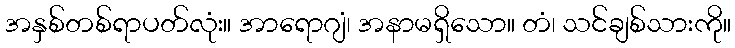
အနှစ်တစ်ရာပတ်လုံး။ အာရောဂျံ၊ အနာမရှိသော။ တံ၊ သင်ချစ်သားကို။